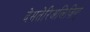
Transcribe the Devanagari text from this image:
देमतेरिअलिज़िग्